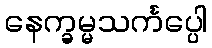
နေက္ခမ္မသင်္ကပ္ပေါ